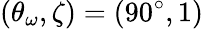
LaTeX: (\theta_{\omega},\zeta)=(90^{\circ},1)